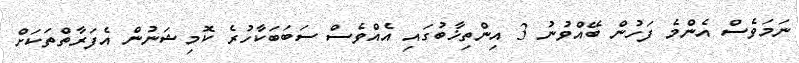
ނަމަވެސް އެންމެ ފަހުން ބޭއްވުނު 3 އިންތިޚާބުގައި އެއްވެސް ސަބަބަކާހުރެ ކޮމިޝަނުން އެފަރާތްތަކަށް